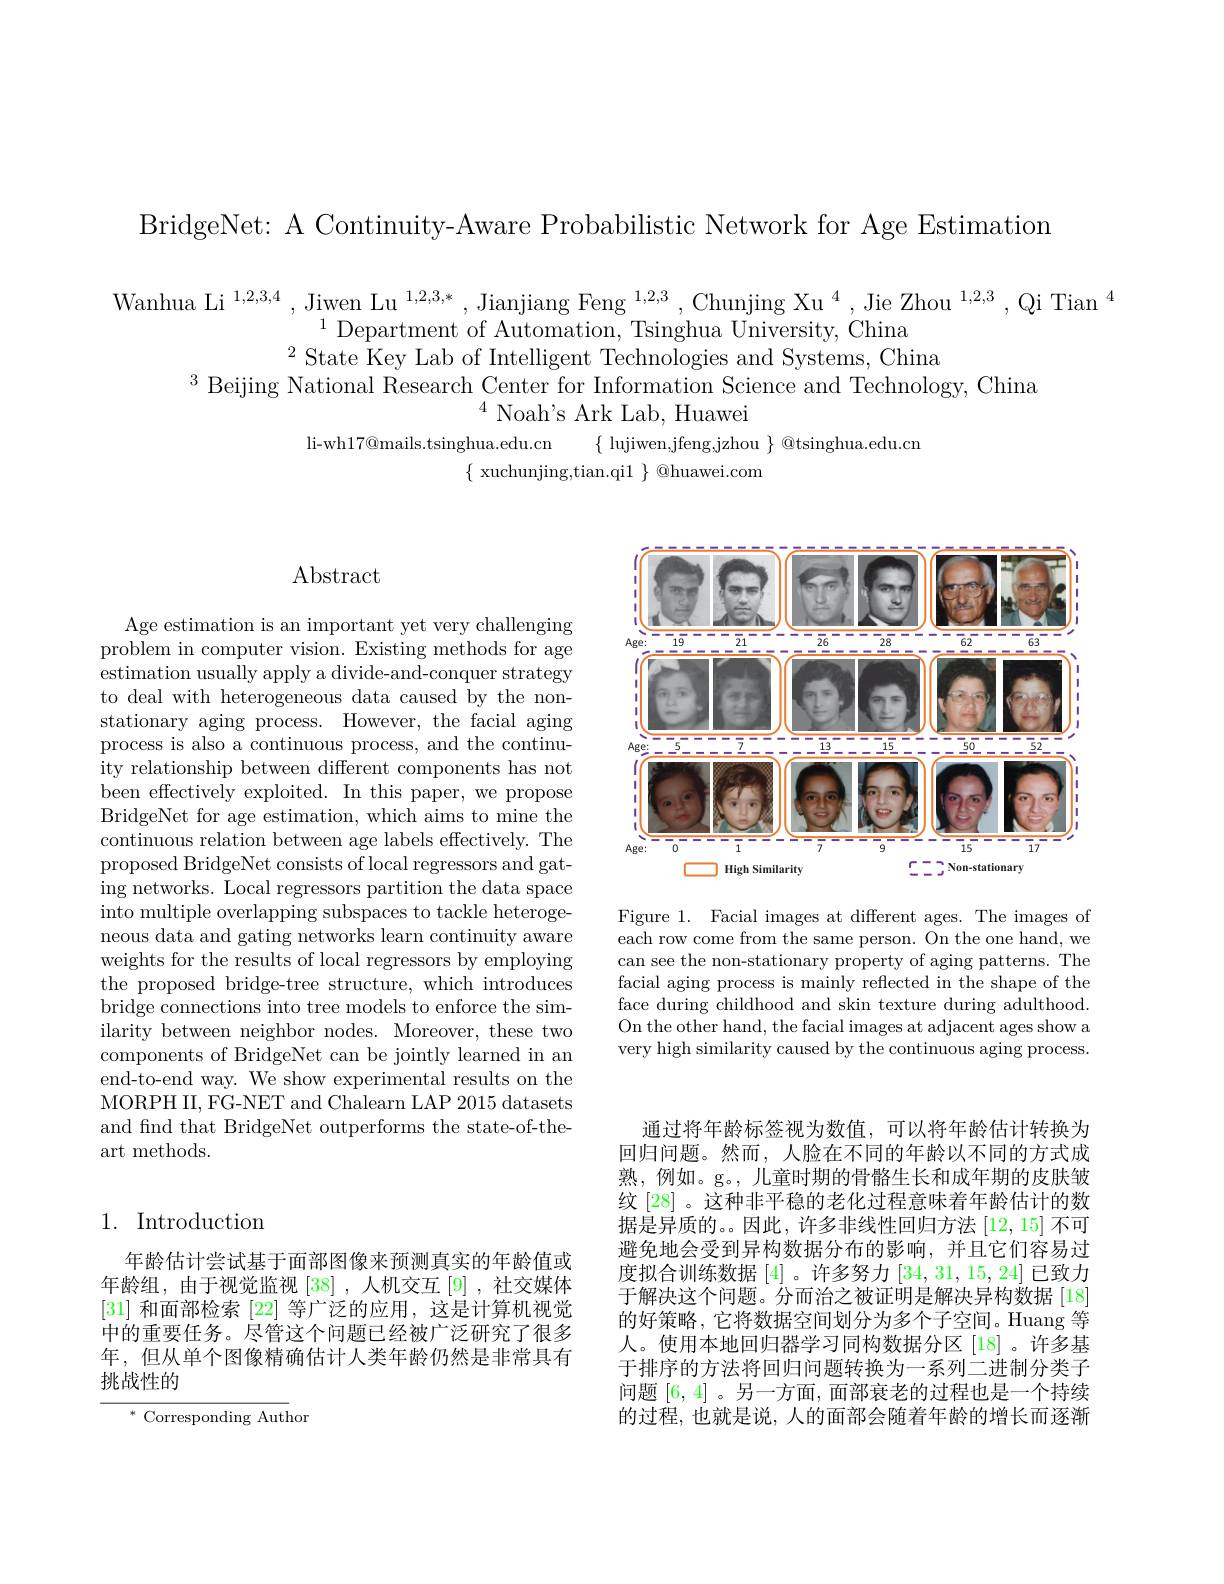
BridgeNet: A Continuity-Aware Probabilistic Network for Age Estimation

Wanhua Li $^{1,2,3,4},\text{Jiwen Lu }^{1,2,3,*},\text{Jianjiang Feng }^{1,2,3},\text{Chunjing Xu}^{4},\text{Jie Zhou }^{1,2,3},\text{Qi Tian }^{4}$
$^{1}$Department of Automation, Tsinghua University, China
$^{2}$State Key Lab of Intelligent Technologies and Systems, China
$^{3}$ Beijing National Research Center for Information Science and Technology, China
$^{4}$ Noah's Ark Lab, Huawei
li-wh$17@$mails.tsinghua.edu.cn $\{$ lujiwen,jfeng,jzhou $\}$ @tsinghua.edu.cn
$\{$ xuchunjing,tian.qil $\}$ @huawei.com

# Abstract

Age estimation is an important yet very challenging problem in computer vision. Existing methods for age estimation usually apply a divide-and-conquer strategy to deal with heterogeneous data caused by the nonstationary aging process. However, the facial aging process is also a continuous process, and the continuity relationship between different components has not been effectively exploited. In this paper, we propose BridgeNet for age estimation, which aims to mine the continuous relation between age labels effectively. The proposed BridgeNet consists of local regressors and gating networks. Local regressors partition the data space $\bar{\text{into multiple overlapping subspaces to tackle heteroge-}}$ neous data and gating networks learn continuity aware weights for the results of local regressors by employing the proposed bridge-tree structure, which introduces bridge connections into tree models to enforce the similarity between neighbor nodes. Moreover, these two components of BridgeNet can be jointly learned in an end-to-end way. We show experimental results on the MORPHII, FG-NET and Chalearn LAP 2015 datasets and find that BridgeNet outperforms the state-of-theart methods.

# 1. Introduction

年龄估计尝试基于面部图像来预测真实的年龄值或年龄组，由于视觉监视[38],人机交互[9],社交媒体[31]和面部检索[22]等广泛的应用，这是计算机视觉中的重要任务。尽管这个问题已经被广泛研究了很多年，但从单个图像精确估计人类年龄仍然是非常具有挑战性的

$^{*}$Corresponding Author

<FigureHere>

Figure 1. Facial images at different ages. The images of each row come from the same person. On the one hand, we can see the non-stationary property of aging patterns. The facial aging process is mainly reflected in the shape of the face during childhood and skin texture during adulthood On the other hand, the facial images at adjacent ages show a very high similarity caused by the continuous aging process

通过将年龄标签视为数值，可以将年龄估计转换为回归问题。然而，人脸在不同的年龄以不同的方式成熟，例如。g。, 儿童时期的骨骼生长和成年期的皮肤皱纹 [28] 。这种非平稳的老化过程意味着年龄估计的数据是异质的。。因此，许多非线性回归方法[12,15]不可避免地会受到异构数据分布的影响，并且它们容易过度拟合训练数据[4]。许多努力[34,31,15,24]已致力于解决这个问题。分而治之被证明是解决异构数据 [18] 的好策略，它将数据空间划分为多个子空间。Huang 等人。使用本地回归器学习同构数据分区[18]。许多基于排序的方法将回归问题转换为一系列二进制分类子问题[6,4] 。另一方面，面部衰老的过程也是一个持续的过程，也就是说，人的面部会随着年龄的增长而逐渐